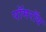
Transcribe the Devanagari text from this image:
पॉमरॉय